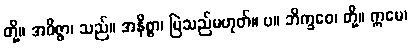
တို့။ အဝိဇ္ဇာ၊ သည်။ အနိစ္စာ၊ မြဲသည်မဟုတ်။ ပ။ ဘိက္ခဝေ၊ တို့။ ဣမေ၊